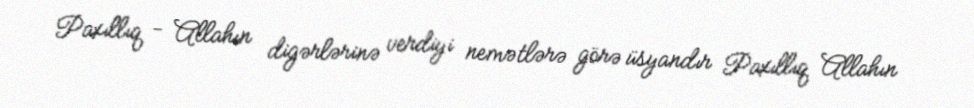
Paxıllıq - Allahın digərlərinə verdiyi nemətlərə görə üsyandır Paxıllıq Allahın